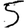
Digit: 5